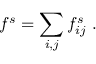
f ^ { s } = \sum _ { i , j } f _ { i j } ^ { s } \; .